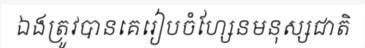
ឯងត្រូវបានគេរៀបចំហ្សែនមនុស្សជាតិ